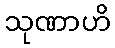
သုဏာဟိ